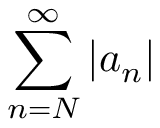
\sum _ { n = N } ^ { \infty } | a _ { n } |